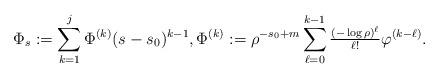
LaTeX: \begin{align*}\Phi_s := \sum_{k=1}^j \Phi^{(k)}(s-s_0)^{k-1},\Phi^{(k)} := \rho^{-s_0+m} \sum_{\ell=0}^{k-1} \tfrac{(-\log \rho)^\ell}{\ell !} \varphi^{(k-\ell)}.\end{align*}